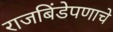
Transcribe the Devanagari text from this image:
राजबिंडेपणाचे